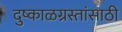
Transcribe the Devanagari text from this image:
दुष्काळग्रस्तांसाठी